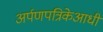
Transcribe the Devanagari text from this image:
अर्पणपत्रिकेआधी